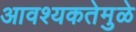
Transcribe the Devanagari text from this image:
आवश्यकतेमुळे